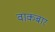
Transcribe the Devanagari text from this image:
वाकबार